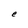
Character: e